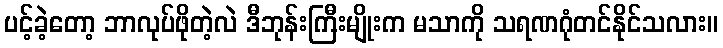
ပင့်ခဲ့တော့ ဘာလုပ်ဖိုတဲ့လဲ ဒီဘုန်းကြီးမျိုးက မသာကို သရဏဂုံတင်နိုင်သလား။